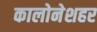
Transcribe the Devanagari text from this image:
कालोनेशहर